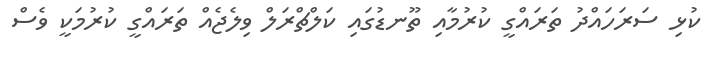
ކުޅި ސަރަހައްދު ތަރައްގީ ކުރުމާއި ތޫނޑުގައި ކަލްޗްރަލް ވިލެޖެއް ތަރައްގީ ކުރުމަކީ ވެސް